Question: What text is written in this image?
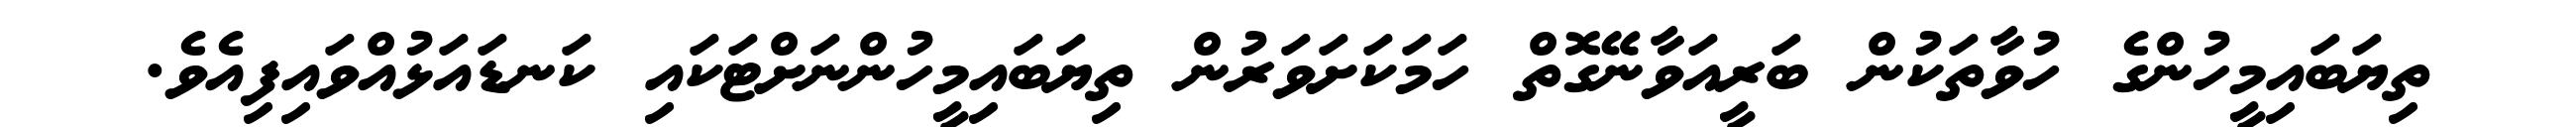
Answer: ތިޔަބައިމީހުންގެ ހުވާތަކުން ބަރީއަވާނޭގޮތް ހަމަކަށަވަރުން ތިޔަބައިމީހުންނަށްޓަކައި ކަނޑައަޅުއްވައިފިއެވެ.